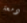
دمعة